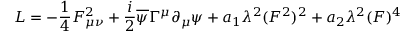
{ \cal L } = - { \frac { 1 } { 4 } } F _ { \mu \nu } ^ { 2 } + { \frac { i } { 2 } } \overline { { { \psi } } } \Gamma ^ { \mu } \partial _ { \mu } \psi + a _ { 1 } \lambda ^ { 2 } ( F ^ { 2 } ) ^ { 2 } + a _ { 2 } \lambda ^ { 2 } ( F ) ^ { 4 }